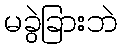
မခွဲခြားဘဲ